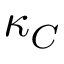
\kappa _ { C }